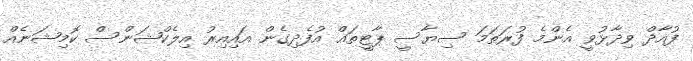
ފުއާދް ވިދާޅުވީ އެންމެ ފުރަތަމަ ސިޔާސީ ޕާޓީތައް އުފެދިގެން އައިއިރު އިލެކްޝަންސް ކޮމިޝަނެއް